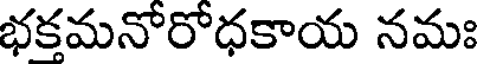
భకమనోరోధకాయ నమః